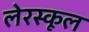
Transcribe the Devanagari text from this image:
लेरस्कूल